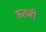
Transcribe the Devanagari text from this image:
ऊतनी